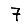
Digit: 7